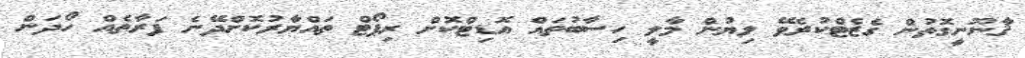
ޤާނޫނީގޮތުން ގެޒެޓްކުރެވޭ ލިޔުން މާލީ ހިސާބުތައް އޮޑިޓްކޮށް ރިޕޯޓް ތައްޔާރުކޮށްދޭނެ ފަރާތެއް ހޯދަން